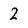
Character: 2